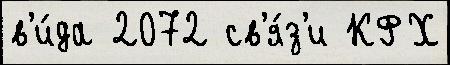
в'и́да 2072 св'я́з'и КФХ